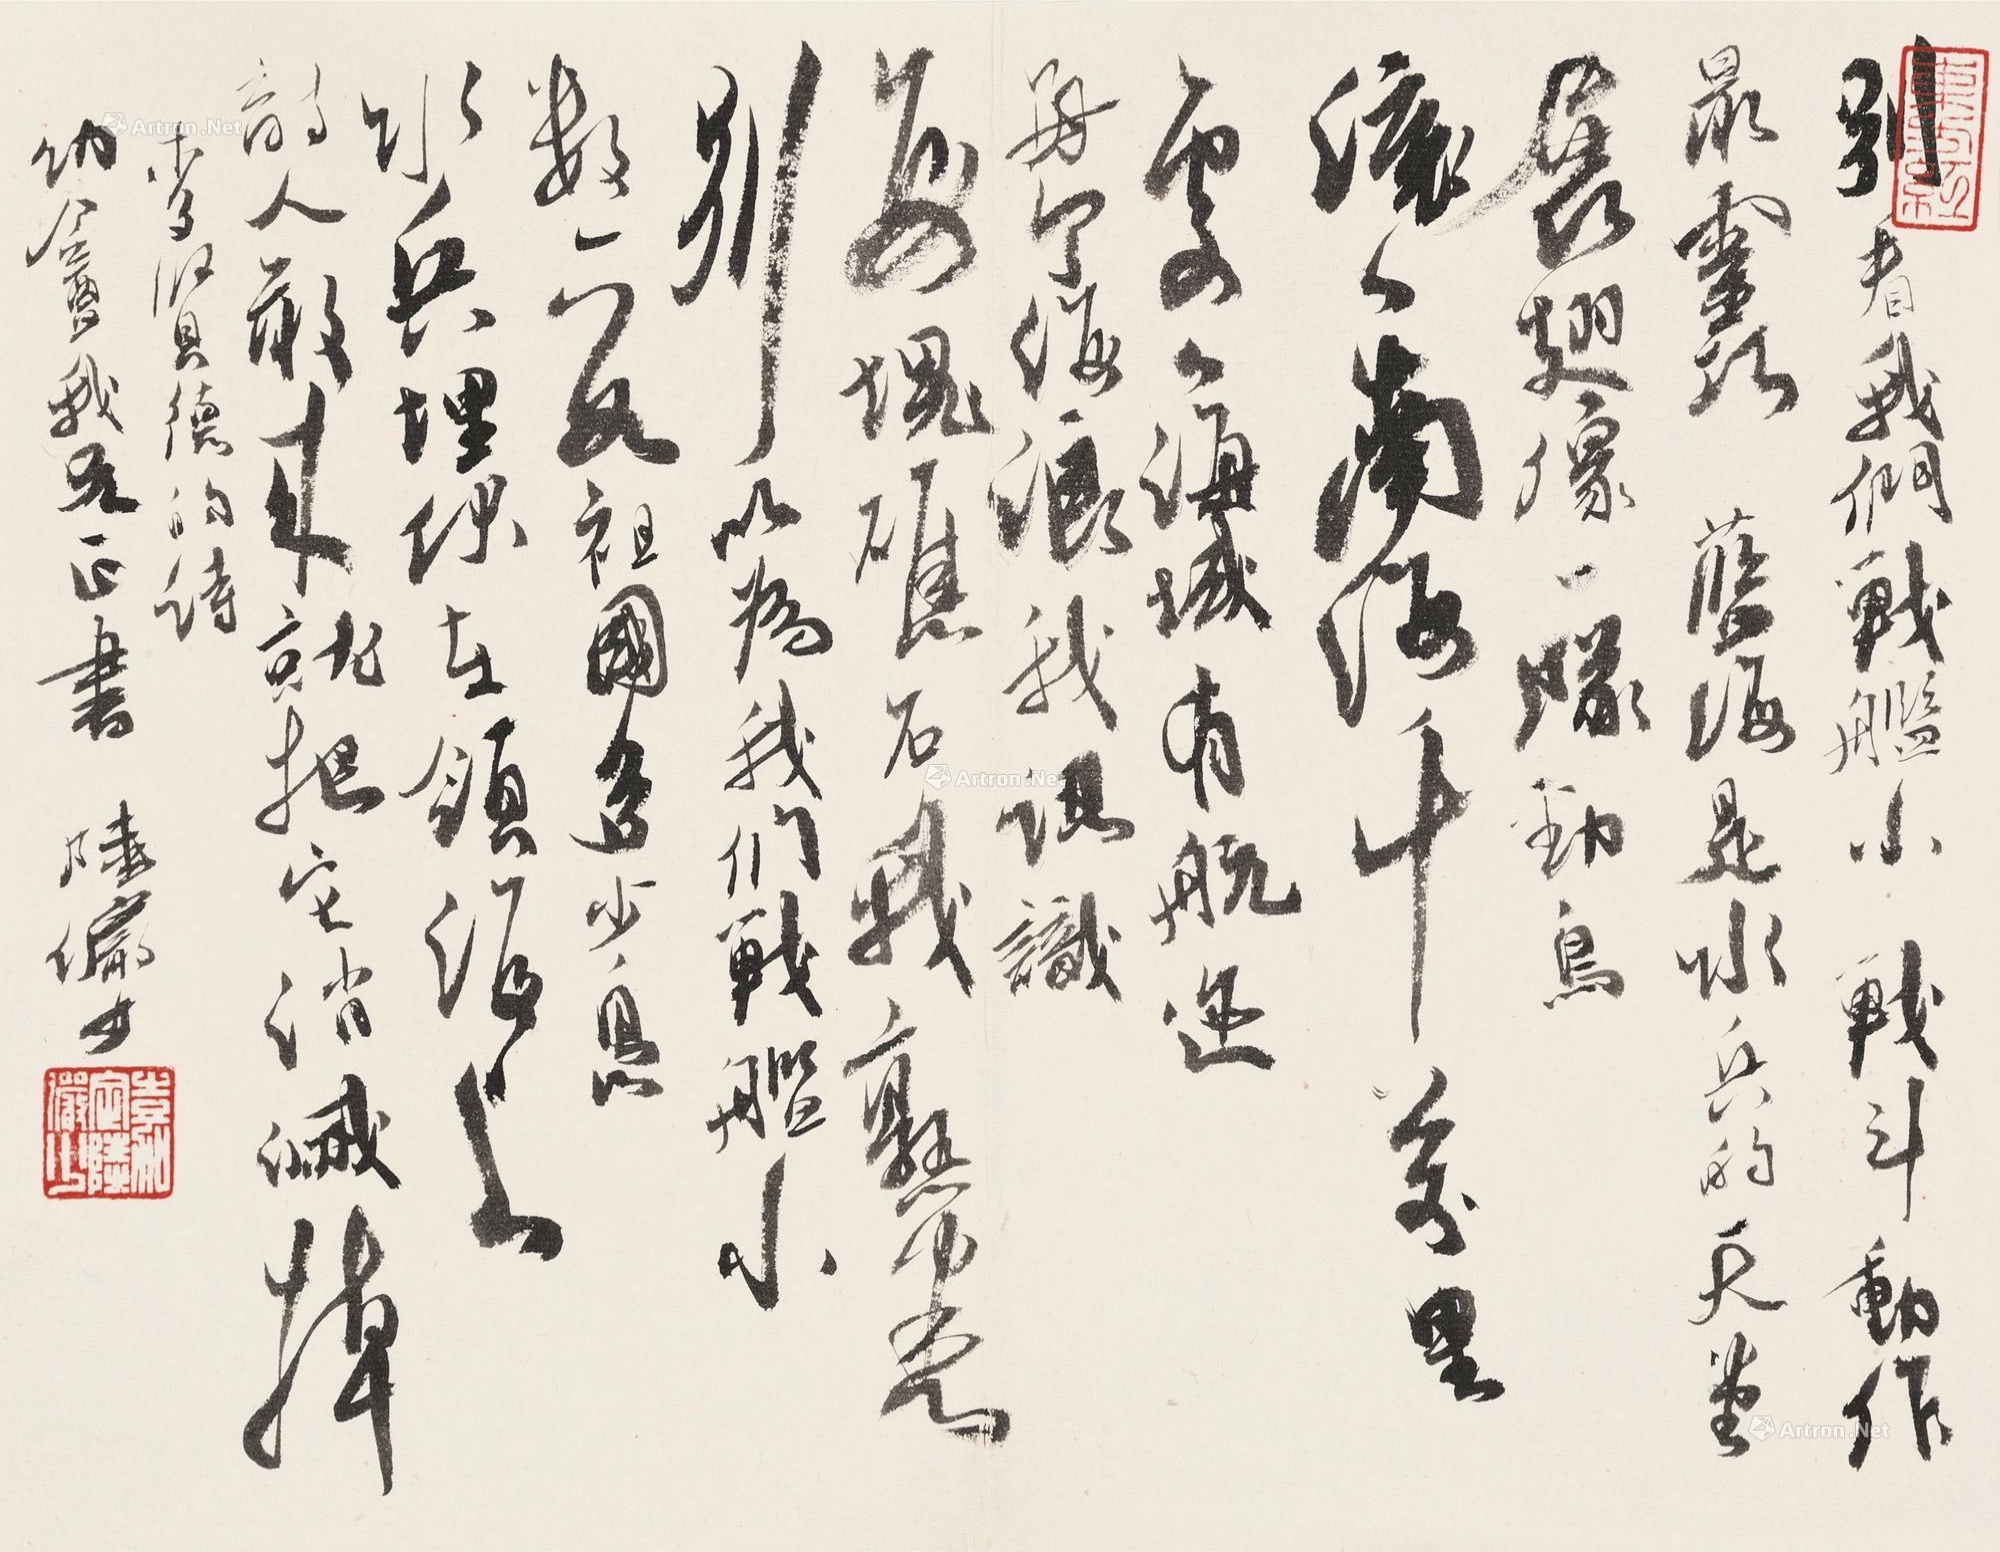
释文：别看我们战舰小，战斗动作最灵巧。蓝海是水兵的天堂，展翅像一对劲鸟。滚滚南海千万里，处处海域有航迹。每个海浪我认识，每块礁石我熟悉。别以为我们战舰小，数一数祖国多少岛，水兵埋伏在领海上，敌人敢来就把它消灭掉。麦贤得的诗，幼盦我兄正书，陆俨少。